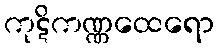
ကုဋိကဏ္ဏထေရော